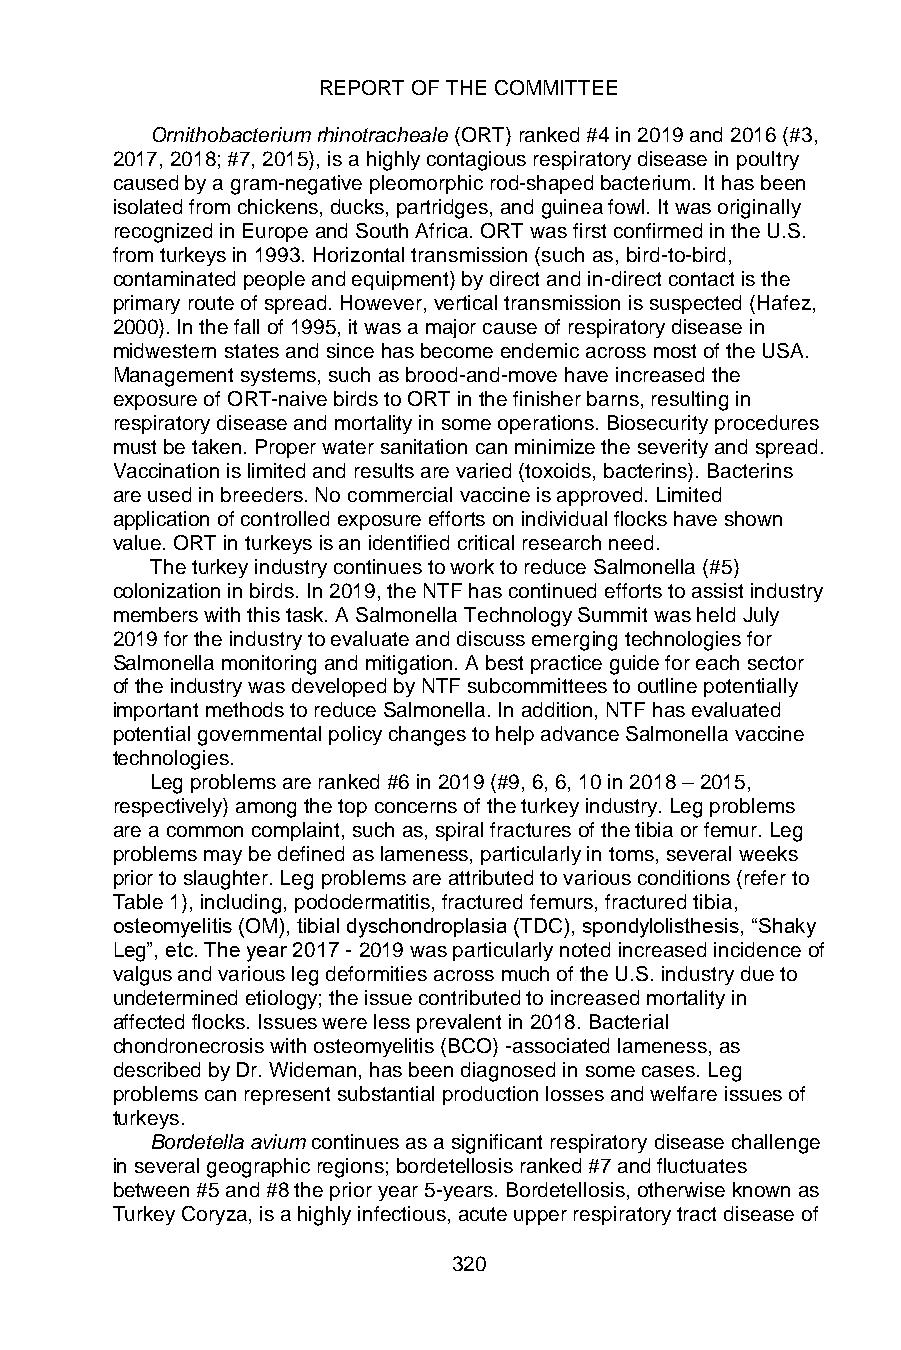
REPORT OF THE COMMITTEE
 Ornithobacterium rhinotracheale (ORT) ranked #4 in 2019 and 2016 (#3,
 2017, 2018; #7, 2015), is a highly contagious respiratory disease in poultry
 caused by a gram-negative pleomorphic rod-shaped bacterium. It has been
 isolated from chickens, ducks, partridges, and guinea fowl. It was originally
 recognized in Europe and South Africa. ORT was first confirmed in the U.S.
 from turkeys in 1993. Horizontal transmission (such as, bird-to-bird,
 contaminated people and equipment) by direct and in-direct contact is the
 primary route of spread. However, vertical transmission is suspected (Hafez,
 2000). In the fall of 1995, it was a major cause of respiratory disease in
 midwestern states and since has become endemic across most of the USA.
 Management systems, such as brood-and-move have increased the
 exposure of ORT-naive birds to ORT in the finisher barns, resulting in
 respiratory disease and mortality in some operations. Biosecurity procedures
 must be taken. Proper water sanitation can minimize the severity and spread.
 Vaccination is limited and results are varied (toxoids, bacterins). Bacterins
 are used in breeders. No commercial vaccine is approved. Limited
 application of controlled exposure efforts on individual flocks have shown
 value. ORT in turkeys is an identified critical research need.
 The turkey industry continues to work to reduce Salmonella (#5)
 colonization in birds. In 2019, the NTF has continued efforts to assist industry
 members with this task. A Salmonella Technology Summit was held July
 2019 for the industry to evaluate and discuss emerging technologies for
 Salmonella monitoring and mitigation. A best practice guide for each sector
 of the industry was developed by NTF subcommittees to outline potentially
 important methods to reduce Salmonella. In addition, NTF has evaluated
 potential governmental policy changes to help advance Salmonella vaccine
 technologies.
 Leg problems are ranked #6 in 2019 (#9, 6, 6, 10 in 2018 – 2015,
 respectively) among the top concerns of the turkey industry. Leg problems
 are a common complaint, such as, spiral fractures of the tibia or femur. Leg
 problems may be defined as lameness, particularly in toms, several weeks
 prior to slaughter. Leg problems are attributed to various conditions (refer to
 Table 1), including, pododermatitis, fractured femurs, fractured tibia,
 osteomyelitis (OM), tibial dyschondroplasia (TDC), spondylolisthesis, “Shaky
 Leg”, etc. The year 2017 - 2019 was particularly noted increased incidence of
 valgus and various leg deformities across much of the U.S. industry due to
 undetermined etiology; the issue contributed to increased mortality in
 affected flocks. Issues were less prevalent in 2018. Bacterial
 chondronecrosis with osteomyelitis (BCO) -associated lameness, as
 described by Dr. Wideman, has been diagnosed in some cases. Leg
 problems can represent substantial production losses and welfare issues of
 turkeys.
 Bordetella avium continues as a significant respiratory disease challenge
 in several geographic regions; bordetellosis ranked #7 and fluctuates
 between #5 and #8 the prior year 5-years. Bordetellosis, otherwise known as
 Turkey Coryza, is a highly infectious, acute upper respiratory tract disease of
 320